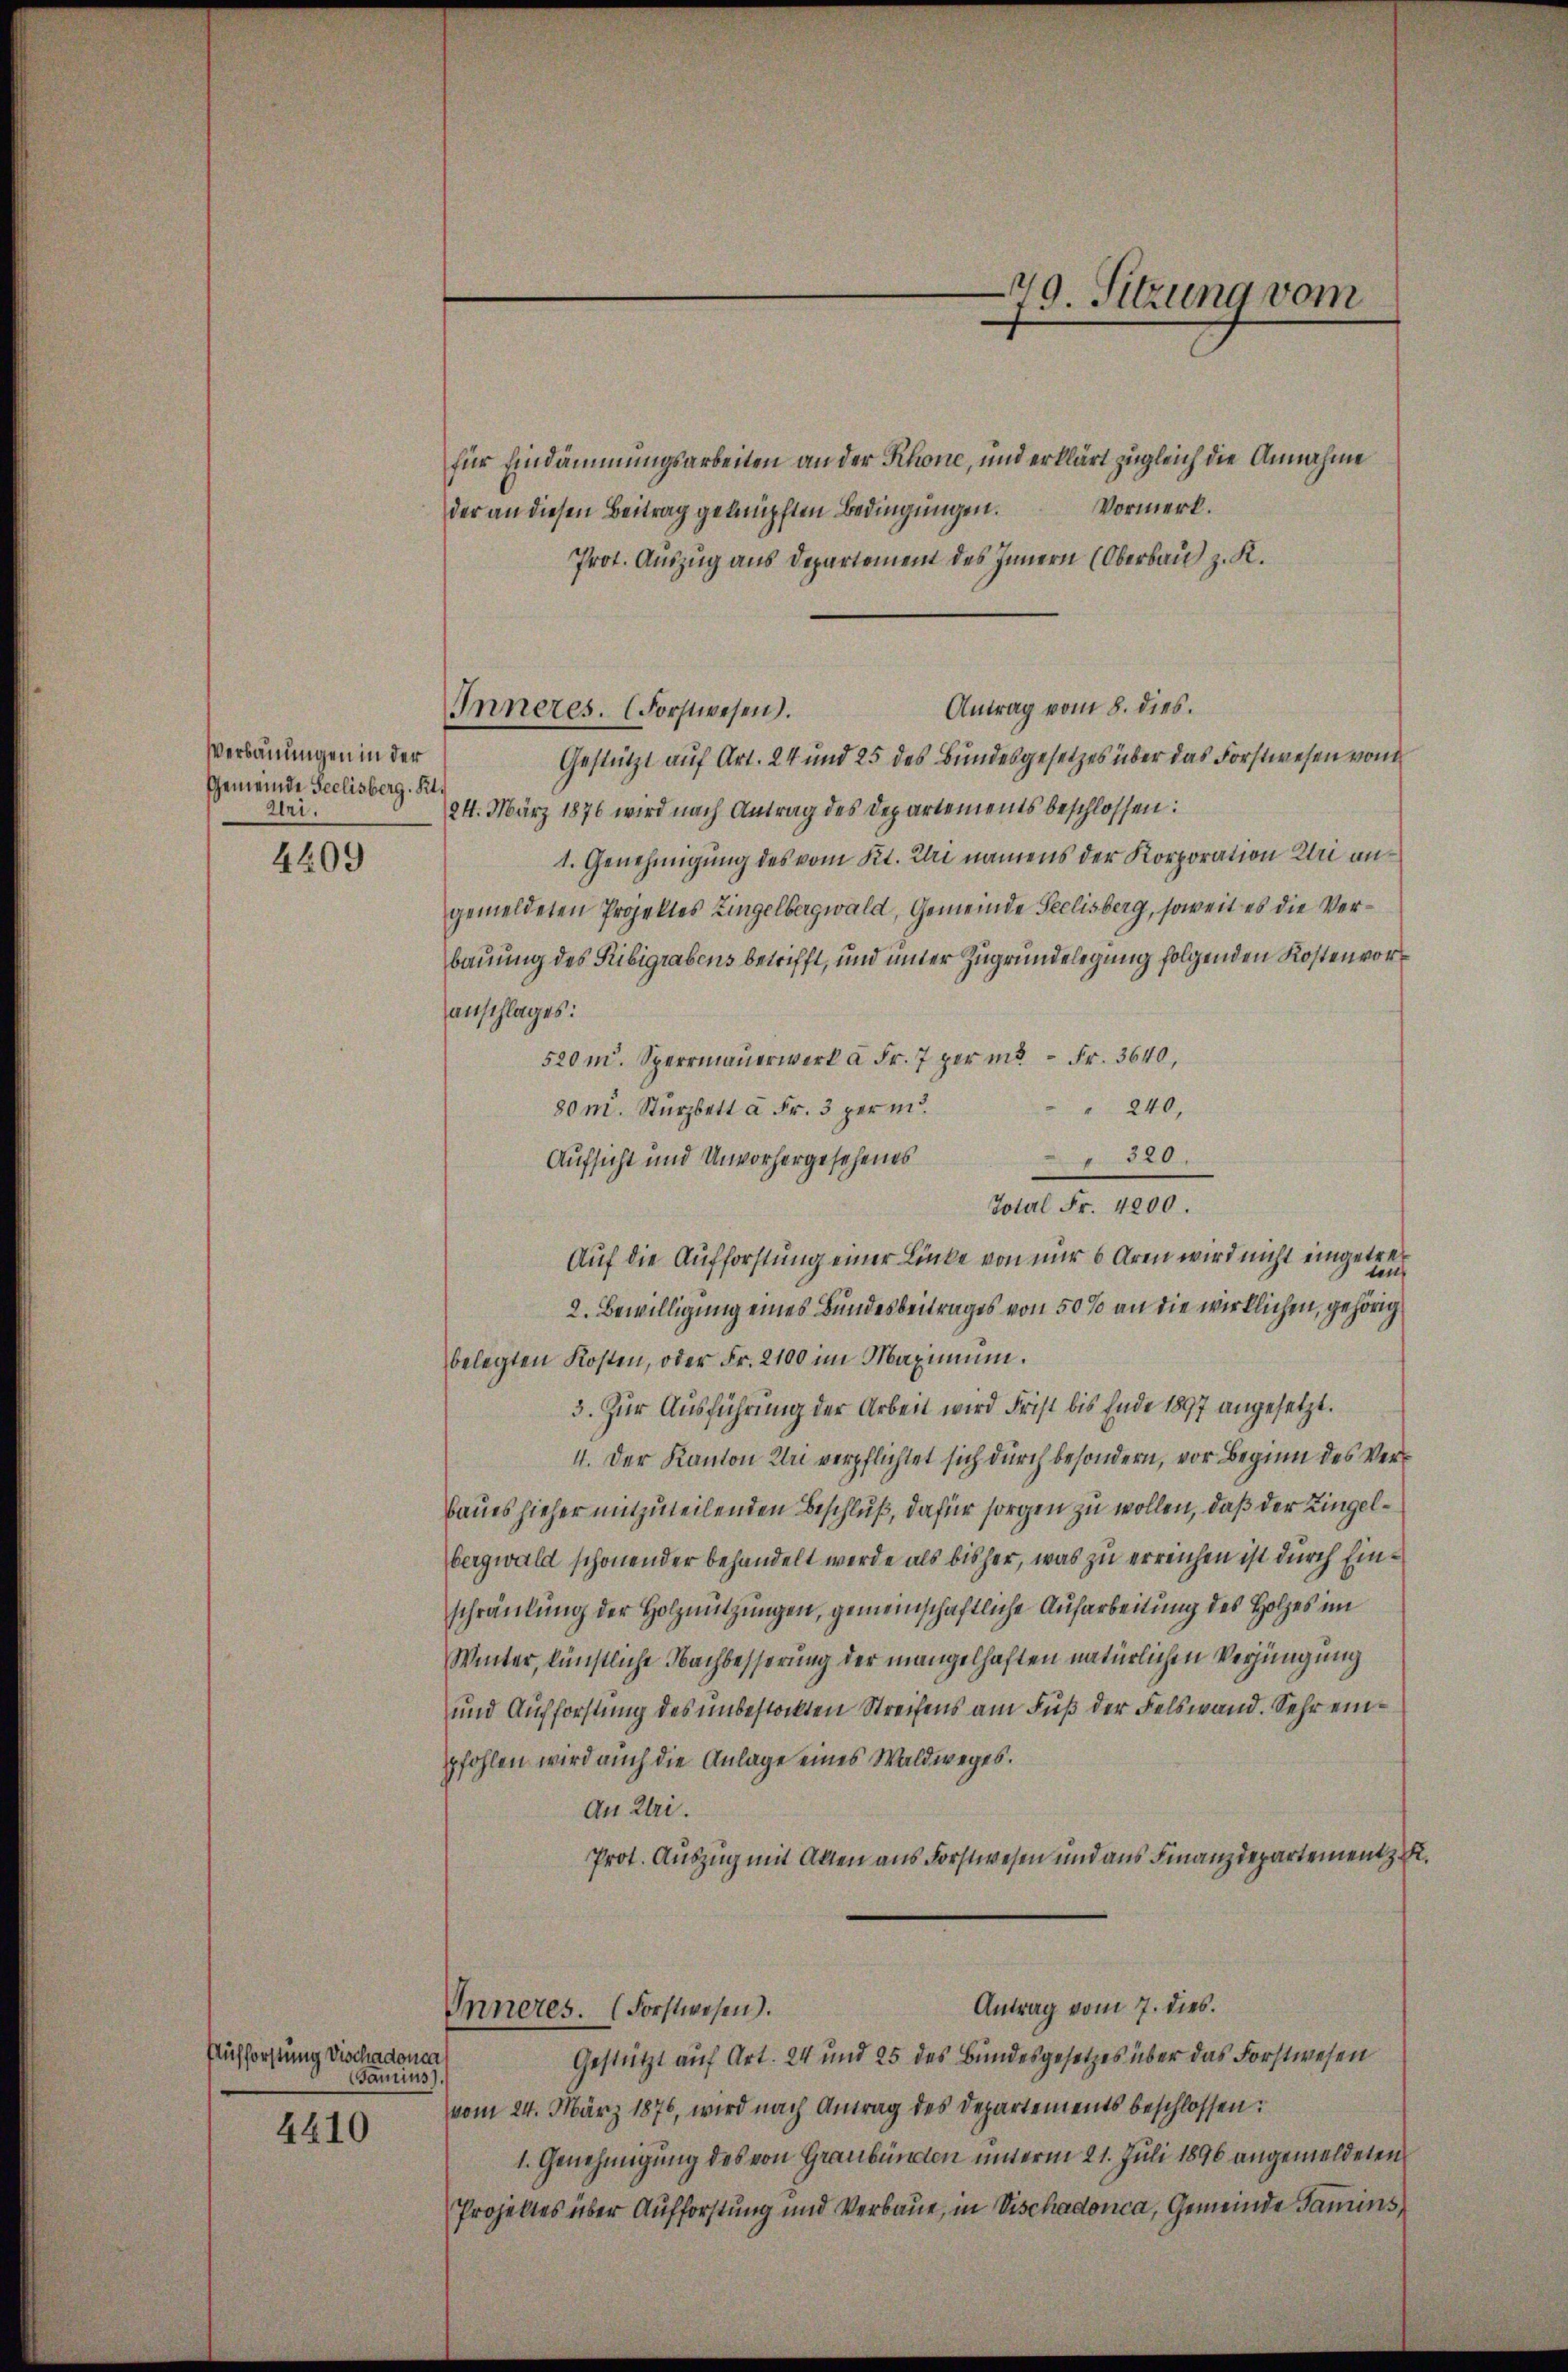
Verbauungen in der
Gemeinde Seelisberg. St.
Uri.

4209

4410

Aufforstung Dischadonca
Gamins).

Inneres. (Forstwesen.

für Eindämmungsarbeiten an der Rhone, und erklärt zugleich die Annahme
Vormerk.
der an diesen Beitrag geknüpften Bedingungen.
Prot. Auszug aus Departement des Innern (Oberbau z. K.
Antrag vom 8. dies.
Gestützt auf Art. 24 und 25 des Bundesgesetzes über das Forstwesen von
24. März 1876 wird nach Antrag des Departements beschlossen:
1. Genehmigung des vom Kt. Uri namens der Korporation Uri angemeldeten Projektes Zingelbergwald, Gemeinde Seelisberg, soweit es die Verbauung des Ribigrabens betrifft, und unter Zugrundelegung folgenden Kosten voranschlages:
520 m. Sperrmaŭerwerk à Fr. 7 per m. Fr. 3640,
 240,
80 m. Sturzbett a Fr. 3 perm
" 320.
Aufsicht und Unvorhergesehenes
Total Fr. 4200.
Auf die Aufforstung einer Linke von nur 6 Aren wird nicht eingetre
2. Bewilligung eines Bundesbeitrages von 50% an die wirklichen, gehörig
belegten Kosten, oder Fr. 2100 im Maximum.
3. Zur Ausführung der Arbeit wird Frist bis Ende 1897 angesetzt.
4. Der Kanton Uri verpflichtet sich durch besondern, vor Beginn des Verbaues hieher mitzuteilenden Beschluß, dafür sorgen zu wollen, daß der Zingelbergwald schönender behandelt werde als bisher, was zu erreichen ist durch Einschränkung der Holznutzungen, gemeinschaftliche Aufarbeitung des Holzes im
Winter, künstliche Nachbesserung der mangelhaften natürlichen Verjüngung
und Aufforstung des unbestockten Streifens am Fuß der Felswand. Sehr einpfohlen wird auch die Anlage eines Waldweges.
An Uri.
Prot. Auszug mit Allen aus Forstwesen und aus Finanzdepartementz
Antrag vom 7. dies
Inneres. (Forstwesen).
Gestützt auf Art. 24 und 25 des Bundesgesetzes über das Forstwesen
vom 24. März 1876, wird nach Antrag des Departements beschlossen:
1. Genehmigung des von Graubünden unterm 21. Juli 1896 angemeldeten
Projektes über Aufforstung und Verbaue, in Vischadonca, Gemeinde Samins,

70. Sitzung vom